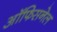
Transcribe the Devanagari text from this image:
ऑफिसनेल